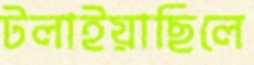
টলাইয়াছিলে